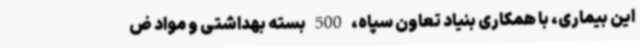
این بیماری، با همکاری بنیاد تعاون سپاه، 500 بسته بهداشتی و مواد ض